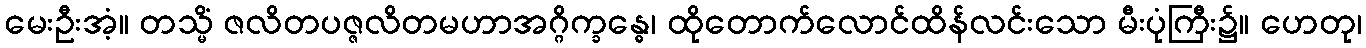
မေးဦးအံ့။ တသ္မိံ ဇလိတပဇ္ဇလိတမဟာအဂ္ဂိက္ခန္ဓေ၊ ထိုတောက်လောင်ထိန်လင်းသော မီးပုံကြီး၌။ ဟေတု၊